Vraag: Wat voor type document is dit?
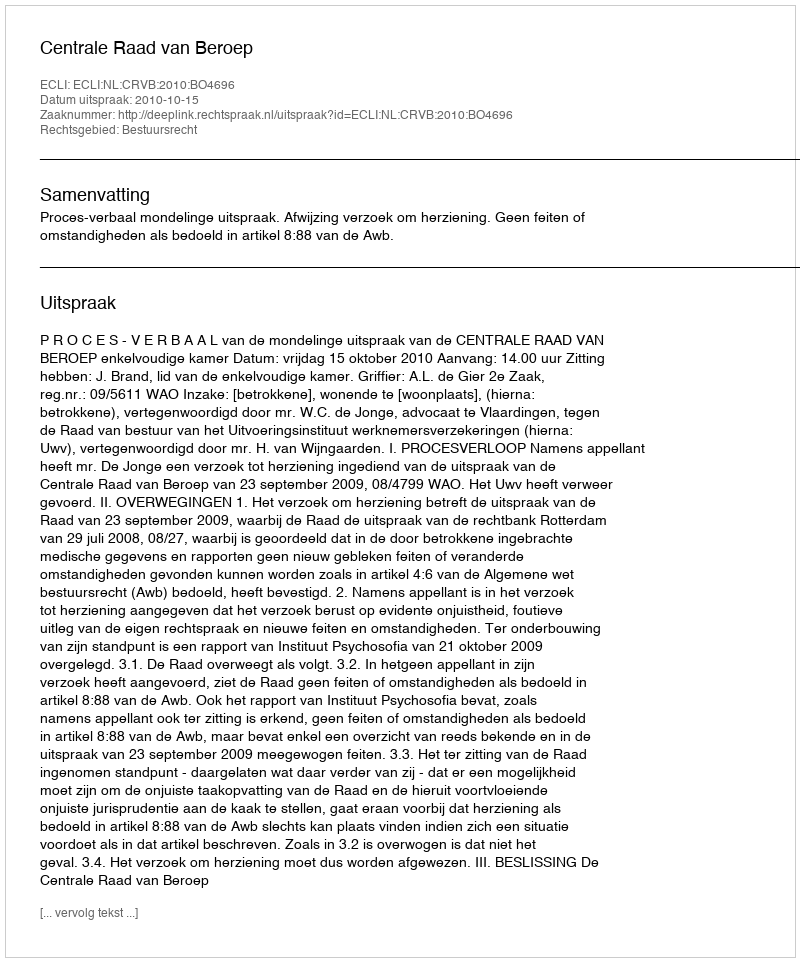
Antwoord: Uitspraak